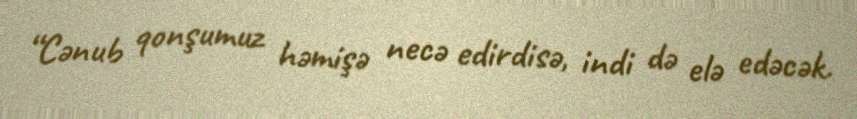
“Cənub qonşumuz həmişə necə edirdisə, indi də elə edəcək.